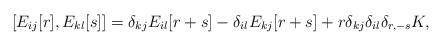
LaTeX: \begin{align*}[E_{ij}[r],E_{kl}[s]]=\delta_{kj}E_{il}[r+s]-\delta_{il}E_{kj}[r+s]+r\delta_{kj}\delta_{il}\delta_{r,-s}K,\end{align*}